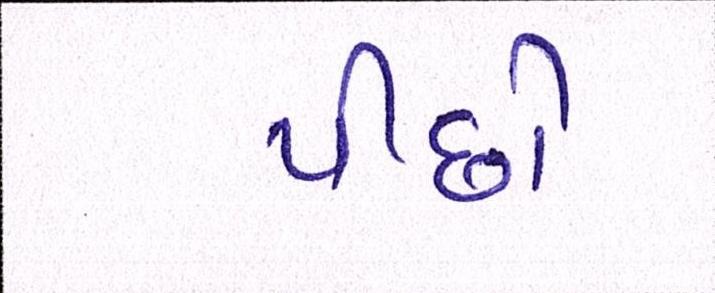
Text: પીછો